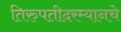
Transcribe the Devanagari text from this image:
तिरुपतीदरम्यानचे